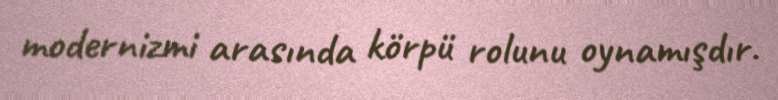
modernizmi arasında körpü rolunu oynamışdır.